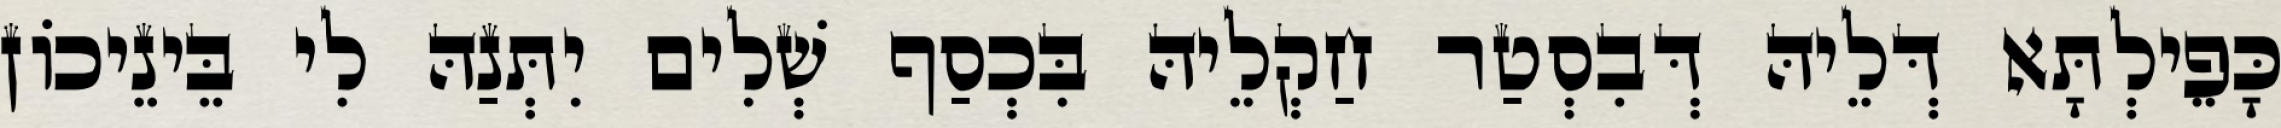
כָּפֵילְתָּא דְּלֵיהּ דְּבִסְטַר חַקְלֵיהּ בִּכְסַף שְׁלִים יִתְּנַהּ לִי בֵּינֵיכוֹן